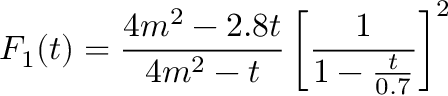
F _ { 1 } ( t ) = \frac { 4 m ^ { 2 } - 2 . 8 t } { 4 m ^ { 2 } - t } \left[ \frac { 1 } { 1 - \frac { t } { 0 . 7 } } \right] ^ { 2 }